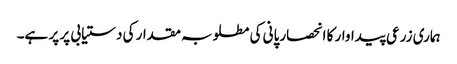
ہماری زرعی پیداوار کا انحصارپانی کی مطلوبہ مقدار کی دستیابی پر پر ہے۔